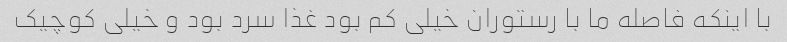
با اینکه فاصله ما با رستوران خیلی کم بود غذا سرد بود و خیلی کوچیک